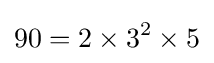
90=2\times 3^{2}\times 5